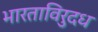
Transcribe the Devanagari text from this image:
भारताविरुदध